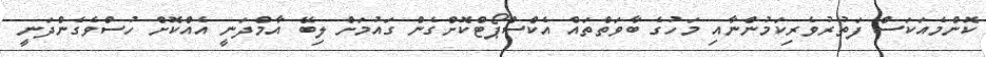
ކޮންމެއަކަސް ފަތުރުވެރިކަމުންނާއި މަހުގެ ބާވަތްތައް އެކްސްޕޯޓްކޮށްގެން ގައުމަށް ލިބޭ އާމްދަނީ އެއްކޮށް ހުސްވެގެންދަނީ